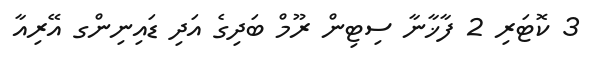
3 ކޮޓަރި 2 ފާޚާނާ ސިޓިން ރޫމް ބަދިގެ އަދި ޑައިނިންގ އޭރިއާ